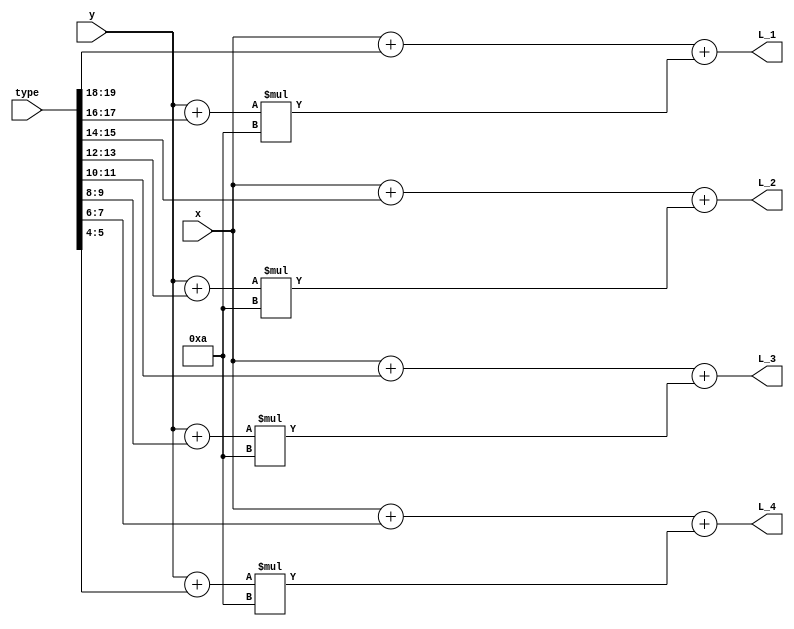
`timescale 1ns / 1ps

module calc_pos(
	input wire[3:0] x,
	input wire[4:0] y,
	input wire[19:0] type,
	output reg[7:0] L_1,
	output reg[7:0] L_2,
	output reg[7:0] L_3,
	output reg[7:0] L_4
    );
	always@(*) begin
		L_1 = (x + type[19:18]) + (y + type[17:16]) * 8'd10;
		L_2 = (x + type[15:14]) + (y + type[13:12]) * 8'd10;
		L_3 = (x + type[11:10]) + (y + type[9:8])   * 8'd10;
		L_4 = (x + type[7:6])   + (y + type[5:4])   * 8'd10;
	end

endmodule